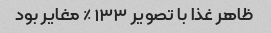
ظاهر غذا با تصویر ۱۳۳ ٪ مغایر بود